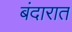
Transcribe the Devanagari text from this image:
बंदारात